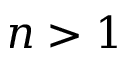
n > 1